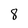
Character: 8